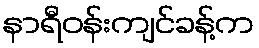
နာရီဝန်းကျင်ခန့်က